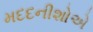
મદદનીશોએ